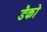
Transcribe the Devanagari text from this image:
डैको